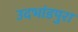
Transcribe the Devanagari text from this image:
उदभांडपुरा